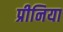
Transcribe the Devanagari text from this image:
प्रीनिया